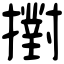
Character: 𢷮